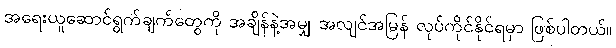
အရေးယူဆောင်ရွက်ချက်တွေကို အချိန်နဲ့အမျှ အလျင်အမြန် လုပ်ကိုင်နိုင်ရမှာ ဖြစ်ပါတယ်။